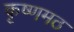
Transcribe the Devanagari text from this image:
कृष्णमठ